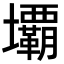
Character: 𭐏